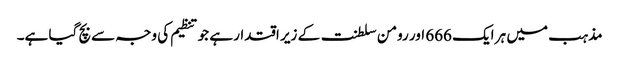
مذہب میں ہر ایک 666 اور رومن سلطنت کے زیر اقتدار ہے جو تنظیم کی وجہ سے بچ گیا ہے۔